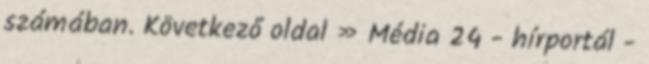
számában. Következő oldal » Média 24 - hírportál -